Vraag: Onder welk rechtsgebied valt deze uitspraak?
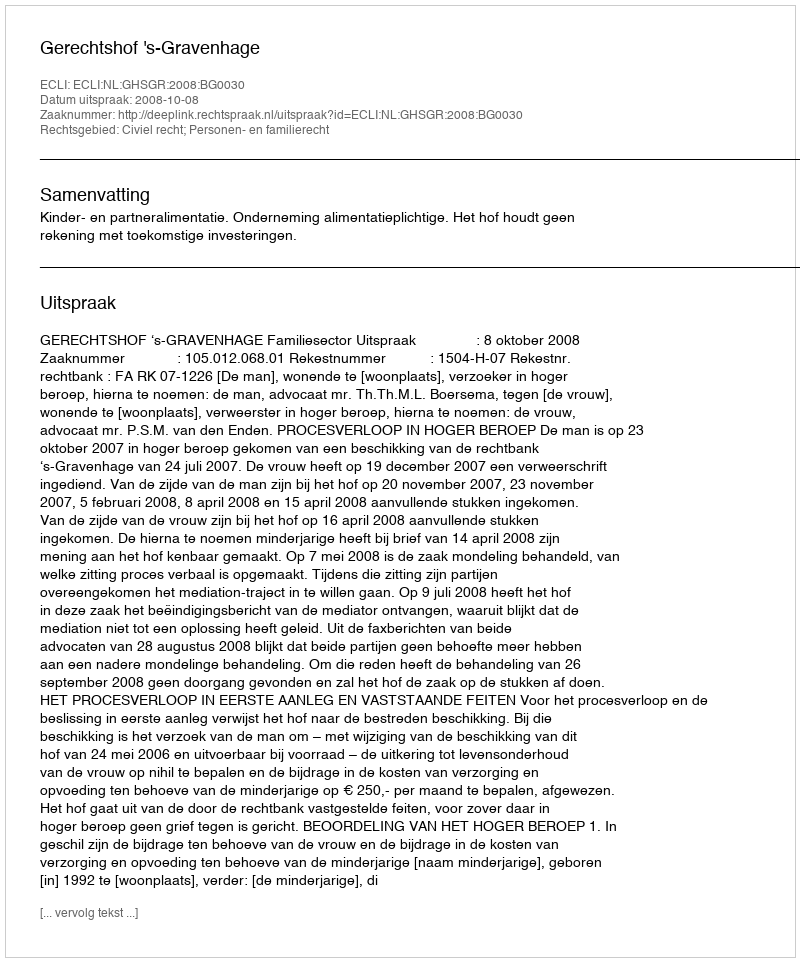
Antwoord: Civiel recht; Personen- en familierecht